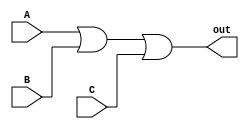
module three_input_OR_gate (
    input wire A,
    input wire B,
    input wire C,
    output wire out
);

assign out = A | B | C;

endmodule